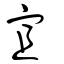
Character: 㝖